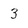
Character: 3